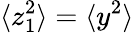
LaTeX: \langle z_{1}^{2}\rangle=\langle y^{2}\rangle